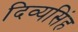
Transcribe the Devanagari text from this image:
दिव्यसिंह